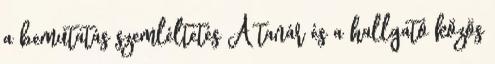
a bemutatás szemléltetés A tanár és a hallgató közös